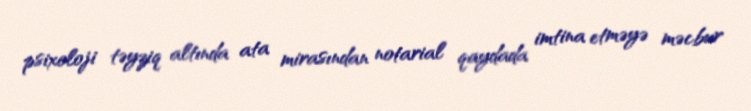
psixoloji təyziq altında ata mirasından notarial qaydada imtina etməyə məcbur